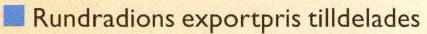
Rundradions exportpris tilldelades